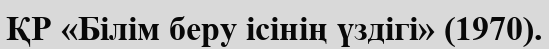
ҚР «Білім беру ісінің үздігі» (1970).